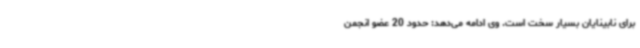
برای نابینایان بسیار سخت است. وی ادامه می‌دهد: حدود 20 عضو انجمن